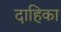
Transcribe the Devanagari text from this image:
दाहिका